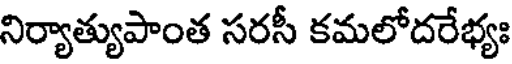
నిర్యాత్యుపాంత సరసీ కమలోదరేభ్యః